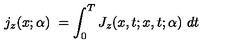
j _ { z } ( x ; \alpha ) \ = \int _ { 0 } ^ { T } J _ { z } ( x , t ; x , t ; \alpha ) \ d t